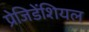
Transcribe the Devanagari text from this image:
प्रेजिडेंशियल